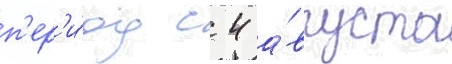
п'ер'и́од с 4 а́вгуста